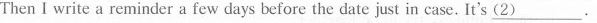
Then I write a reminder a few days before the date just in case. It's \underline{(2)}